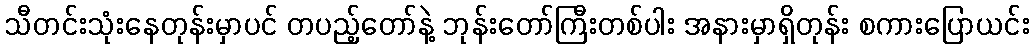
သီတင်းသုံးနေတုန်းမှာပင် တပည့်တော်နဲ့ ဘုန်းတော်ကြီးတစ်ပါး အနားမှာရှိတုန်း စကားပြောယင်း